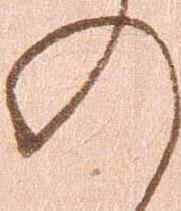
の